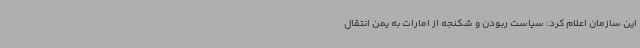
این سازمان اعلام کرد: سیاست ربودن و شکنجه از امارات به یمن انتقال